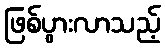
ဖြစ်ပွားလာသည့်